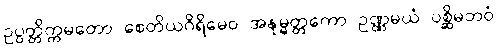
ဥပ္ပတ္တိက္ကမတော စေတိယဂိရိမေဝ အနုမ္မတ္တကော ဥဏ္ဏမယံ ပစ္ဆိမဘဝံ